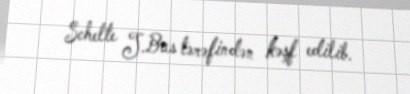
Schelte J.Bus tərəfindən kəşf edilib.